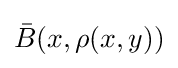
{\bar {B}}(x,\rho (x,y))